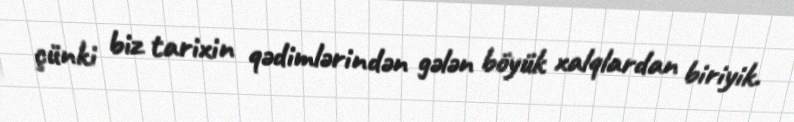
çünki biz tarixin qədimlərindən gələn böyük xalqlardan biriyik.